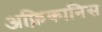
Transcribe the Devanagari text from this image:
अफ़्रिकानिस